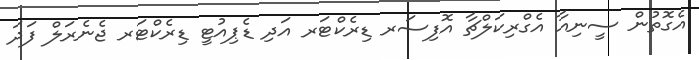
އެގޮތުން ސީނިއާ އެގްރިކަލްޗާ އޮފިސަރ ޑިރެކްޓަރ އަދި ޑެޕިއުޓީ ޑިރެކްޓަރ ޖެނެރަލް ފަދަ